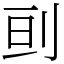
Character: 刯